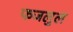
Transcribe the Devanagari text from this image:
फजलुल